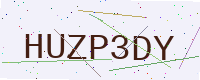
Text: HUZP3DY